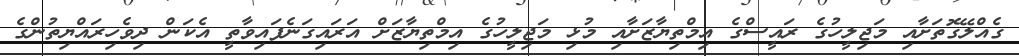
ގެއްލޭގޮތަށާއި މަޖިލީހުގެ ރައީސްގެ އިމްތިޔާޒަށާއި މުޅި މަޖިލީހުގެ އިމްތިޔާޒަށް އަރައިގަނެފައިވާތީ އެކަން ދިވެހިރައްޔިތުންގެ